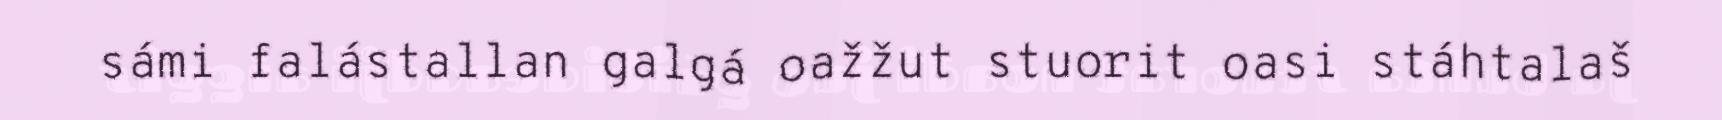
sámi falástallan galgá oažžut stuorit oasi stáhtalaš